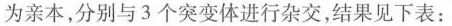
为亲本，分别与3个突变体进行杂交，结果见下表：